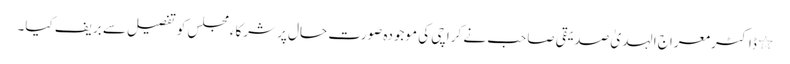
٭	ڈاکٹر معراج الہدیٰ صدیقی صاحب نے کراچی کی موجودہ صورت حال پر شرکاءمجلس کو تفصیل سے بریف کیا۔